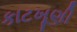
કાટખૂણી